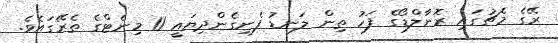
ރޭގެ މެޗުގައި ރޮނާލްޑޯގެ ފަހު ތިން ލަނޑު ފެނިގެންދިޔައީ 11 މިނެޓްގެ ތެރޭގައެވެ.